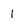
Character: 1